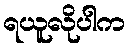
ရယူလိုပါက